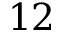
1 2